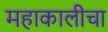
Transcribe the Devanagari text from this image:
महाकालीचा